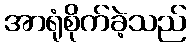
အာရုံစိုက်ခဲ့သည်